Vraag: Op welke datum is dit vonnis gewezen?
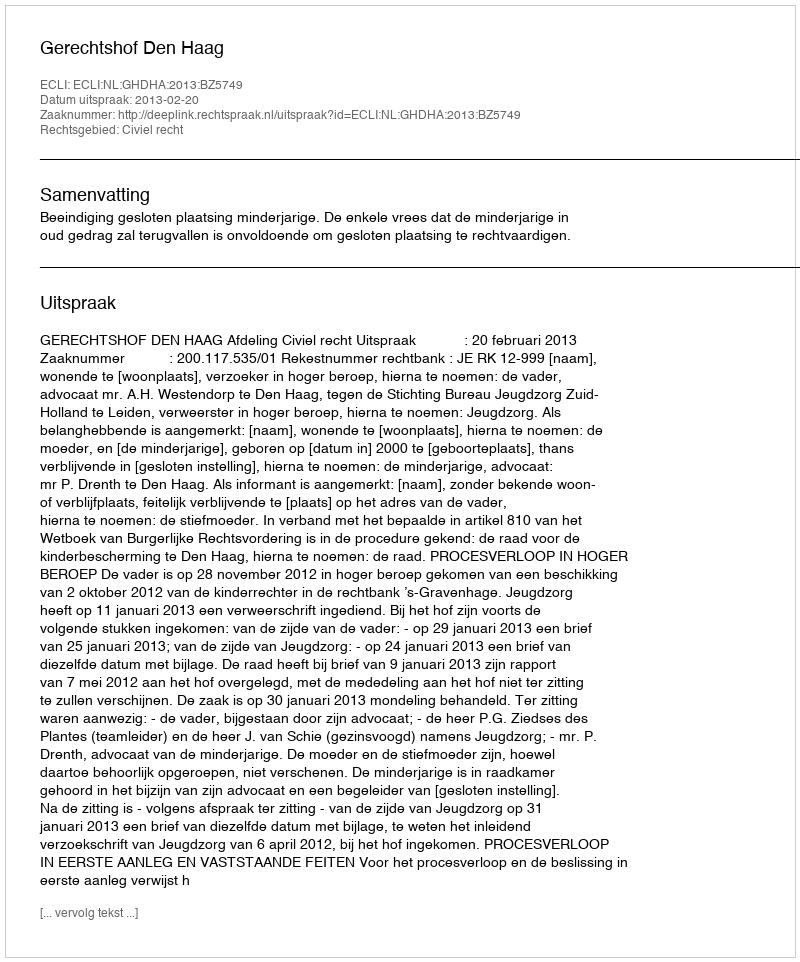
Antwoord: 2013-02-20